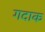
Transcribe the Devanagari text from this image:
गदाक